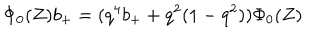
LaTeX: \Phi _ { 0 } ( Z ) b _ { + } = ( q ^ { 4 } b _ { + } + q ^ { 2 } ( 1 - q ^ { 2 } ) ) \Phi _ { 0 } ( Z )